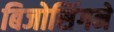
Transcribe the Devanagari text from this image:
बिजोसिंगने